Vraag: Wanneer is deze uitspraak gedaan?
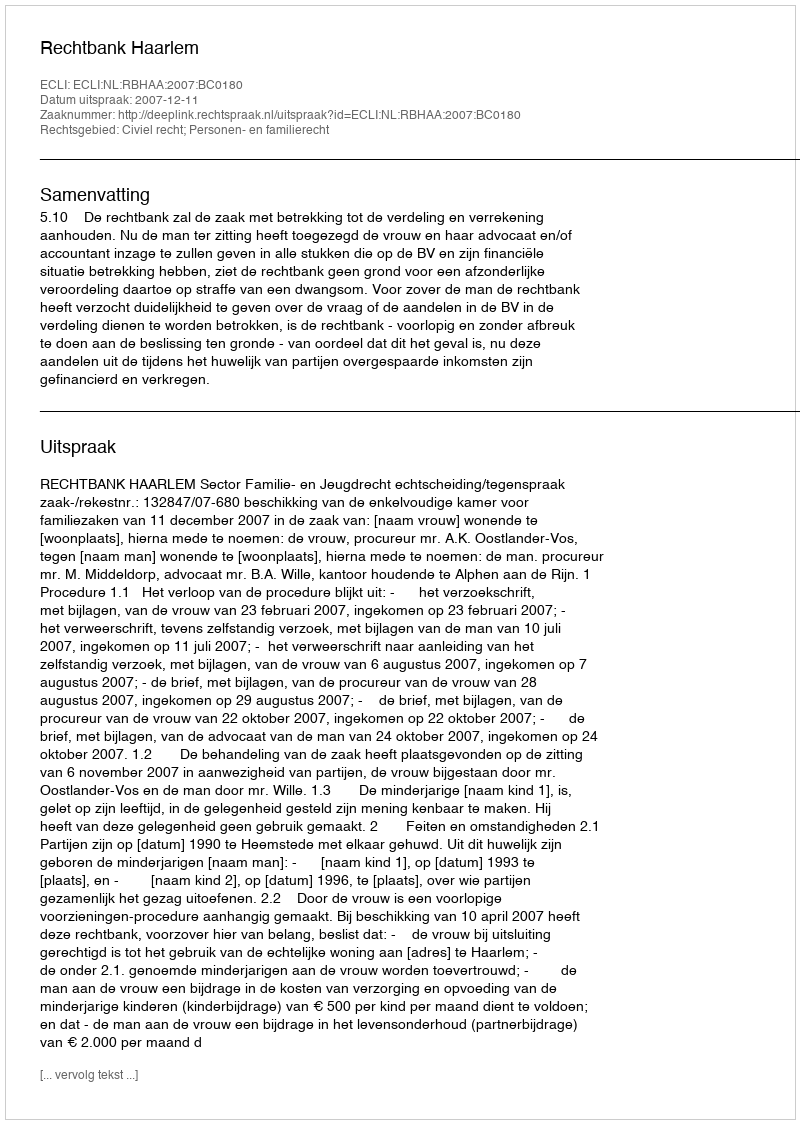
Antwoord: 2007-12-11